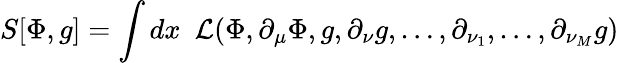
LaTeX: S[\Phi,g]=\int dx{\phantom{0}}{\cal L}(\Phi,\partial_{\mu}\Phi,g,\partial_{\nu}g,\dots,\partial_{\nu_{1}},\dots,\partial_{\nu_{M}}g)